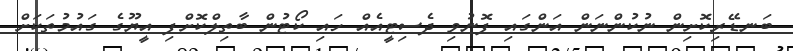
ބަނޑޭރިކޮށިން ނުކުންނަން އަންގައި ފޮނުވި ދެސިޓީއެއް ހައި ކޯޓުން ބާތިލްކޮށްފި އީޔޫގެ ގައުމުތަަކަށް